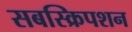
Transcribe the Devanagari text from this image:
सबस्क्रिपशन